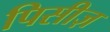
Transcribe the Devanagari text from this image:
पिसीज़